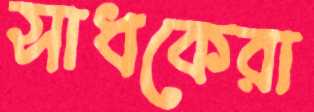
সাধকেরা